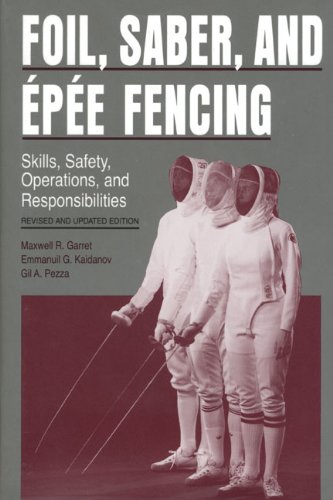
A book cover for Foil, Saber, and ÃEpÃ©e Fencing: Skills, Safety, Operations, and Responsibilities; Maxwell R. Garret; Sports & Outdoors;